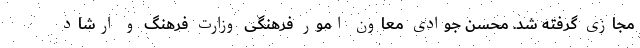
مجازی گرفته شد. محسن جوادی معاون امور فرهنگی وزارت فرهنگ و ارشاد